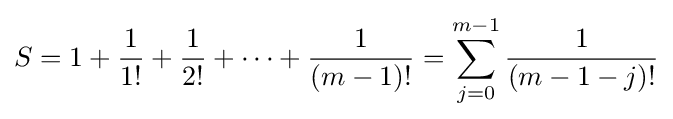
S=1+{\frac {1}{1!}}+{\frac {1}{2!}}+\cdots +{\frac {1}{(m-1)!}}=\sum _{j=0}^{m-1}{\frac {1}{(m-1-j)!}}